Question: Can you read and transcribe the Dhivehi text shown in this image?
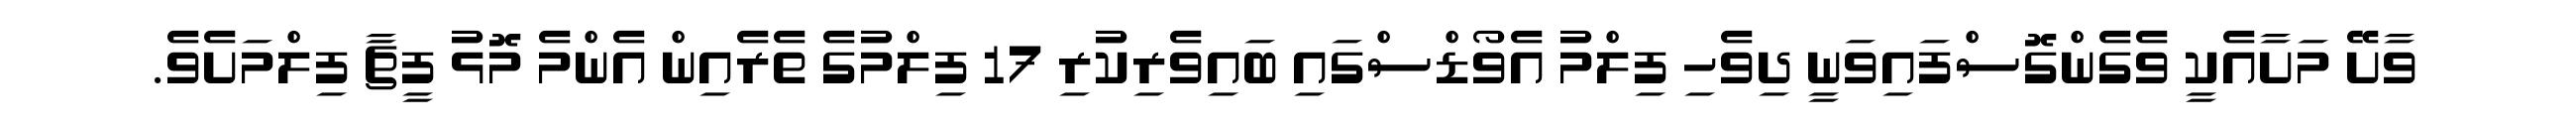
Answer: ވާށޭ މަށާއެކީ ވެގެންގޮސްފައިވަނީ ދިވެހި ފިލްމު އެވޯޑްސްގައި ބައިވެރިކުރި 17 ފިލްމުގެ ތެރެއިން އެންމެ މޮޅު ފީޗާ ފިލްމަށެވެ.